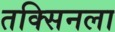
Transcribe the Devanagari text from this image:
तक्सिनला